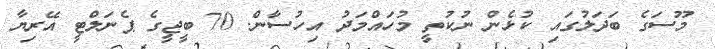
މޫސަގެ ބަދަލުގައި ކުޅެން ނުކުތީ މުހައްމަދު އިހުސާން. 70 ބީޖީގެ ޕެނަލްޓީ އޭރިޔާ